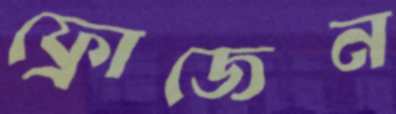
ফ্রোজেন